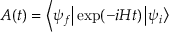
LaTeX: { \cal { A } } ( t ) = \left\langle \psi _ { f } \right| \exp ( - i H t ) \left| \psi _ { i } \right\rangle